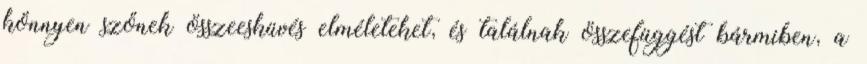
könnyen szőnek összeesküvés elméleteket, és találnak összefüggést bármiben, a